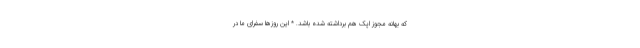
که بهانه مجوز اُپَک هم برداشته شده باشد. * این روزها سفرای ما در